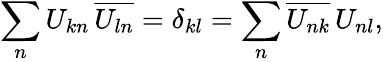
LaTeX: \sum_{n}U_{kn}\, \overline{{U_{ln}}}=\delta_{kl}=\sum_{n}\overline{{U_{nk}}}\, U_{nl},